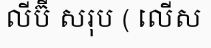
លីប៊ី សរុប ( លើស